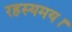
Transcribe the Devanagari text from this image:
रहस्यमय।